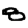
Digit: 8